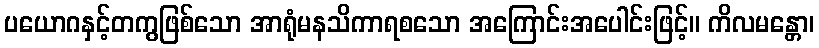
ပယောဂနှင့်တကွဖြစ်သော အာရုံမနသိကာရစသော အကြောင်းအပေါင်းဖြင့်။ ကိလမန္တော၊